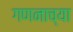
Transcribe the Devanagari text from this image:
गणनाच्या